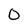
Character: 0